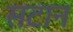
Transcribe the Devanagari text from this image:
सटान